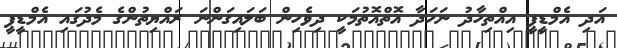
އަދި އެމްޑީޕީ އިއްތިހާދު ނަހަދާ އޮތްއޮތުމަކީ ދިވެހިން ބަލައިގަންނަ ރައްޔިތުންގެ މެދުގައި އެމްޑީޕީ